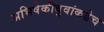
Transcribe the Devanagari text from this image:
अभिषेकीबुवांकडेच